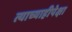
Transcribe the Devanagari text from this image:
त्याच्याहीपेक्षा